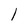
Character: 1